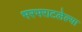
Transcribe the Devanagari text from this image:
भरभराटलेल्या